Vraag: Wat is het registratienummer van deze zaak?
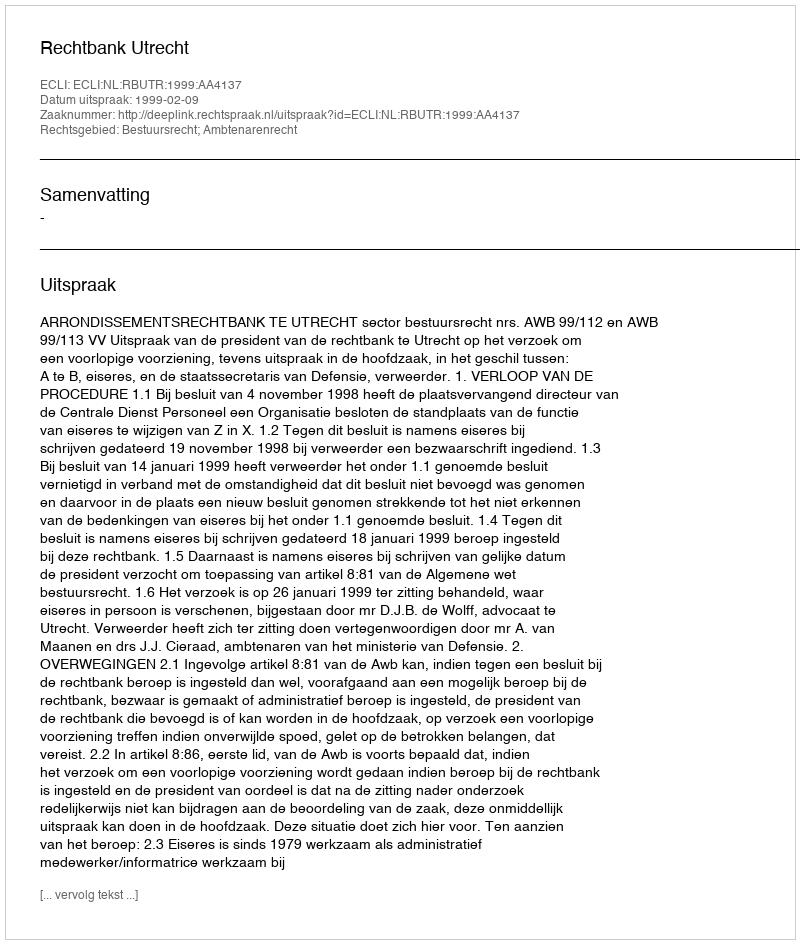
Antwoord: http://deeplink.rechtspraak.nl/uitspraak?id=ECLI:NL:RBUTR:1999:AA4137